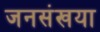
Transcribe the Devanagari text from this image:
जनसंखया